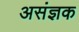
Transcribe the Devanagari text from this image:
असंज्ञक